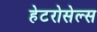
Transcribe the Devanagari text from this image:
हेटरोसेल्स